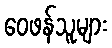
ဝေဖန်သူများ